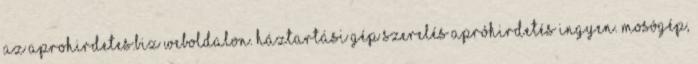
az aprohirdetes.BIZ weboldalon. Háztartási gép szerelés apróhirdetés ingyen. Mosógép,